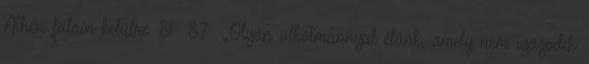
Athén falain belülre. 81 87 „Olyan alkotmánnyal élünk, amely nem igazodik